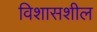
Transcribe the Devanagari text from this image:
विशासशील